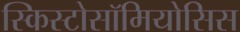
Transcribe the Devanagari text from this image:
स्किस्टोसॉमियोसिस